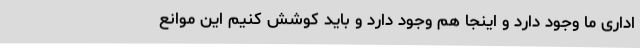
اداری ما وجود دارد و اینجا هم وجود دارد و باید کوشش کنیم این موانع